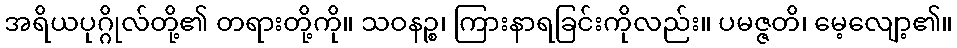
အရိယပုဂ္ဂိုလ်တို့၏ တရားတို့ကို။ သဝနဉ္စ၊ ကြားနာရခြင်းကိုလည်း။ ပမဇ္ဇတိ၊ မေ့လျော့၏။